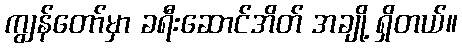
ကျွန်တော်မှာ ခရီးဆောင်အိတ် အချို့ ရှိတယ်။